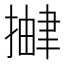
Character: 𫽹